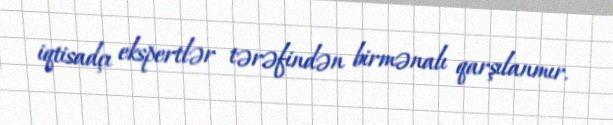
iqtisadçı ekspertlər tərəfindən birmənalı qarşılanmır.